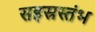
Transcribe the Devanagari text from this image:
सहस्रस्तंभ